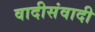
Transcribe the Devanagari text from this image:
वादीसंवादी